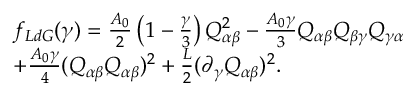
\begin{array} { r l } & { f _ { L d G } ( \gamma ) = \frac { A _ { 0 } } { 2 } \left( 1 - \frac { \gamma } { 3 } \right) Q _ { \alpha \beta } ^ { 2 } - \frac { A _ { 0 } \gamma } { 3 } Q _ { \alpha \beta } Q _ { \beta \gamma } Q _ { \gamma \alpha } } \\ & { + \frac { A _ { 0 } \gamma } { 4 } ( Q _ { \alpha \beta } Q _ { \alpha \beta } ) ^ { 2 } + \frac { L } { 2 } ( \partial _ { \gamma } Q _ { \alpha \beta } ) ^ { 2 } . } \end{array}